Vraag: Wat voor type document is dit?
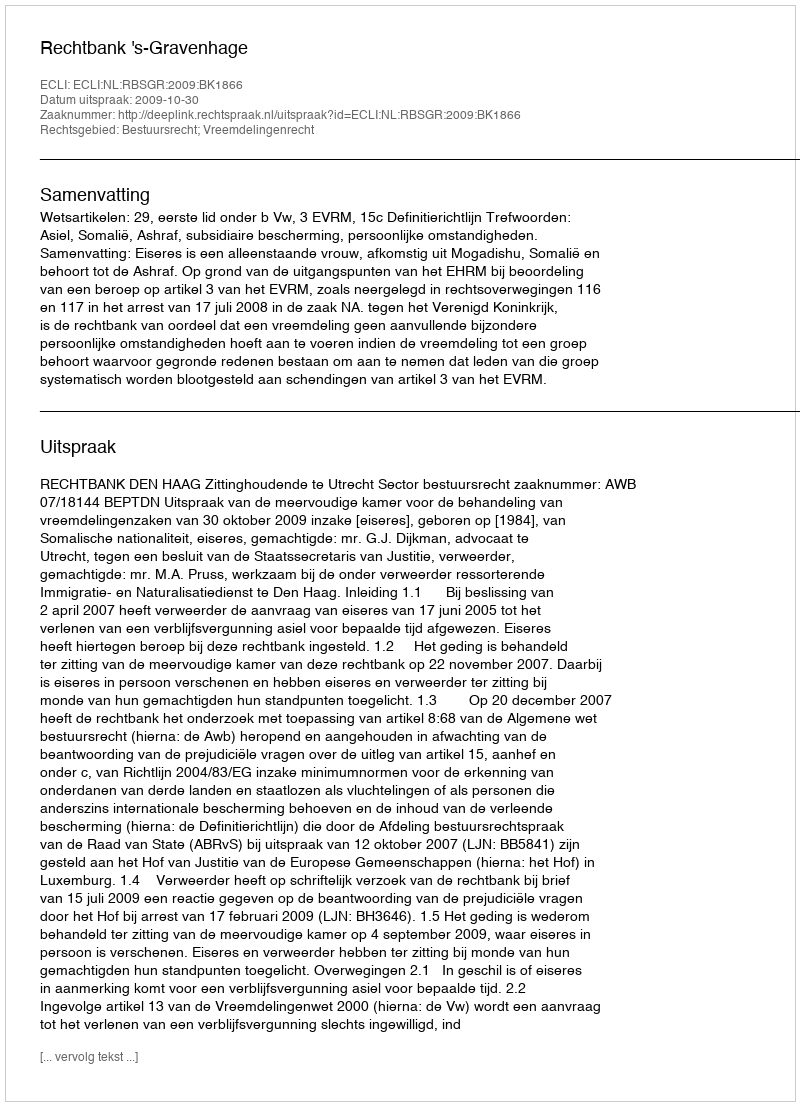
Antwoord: Uitspraak